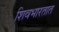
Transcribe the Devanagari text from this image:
शिवभारतात